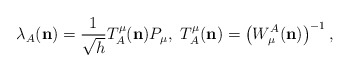
\begin{align*}{}\lambda_A ({\bf n}) = \frac{1}{\sqrt{h}} T^\mu_A ({\bf n}) P_\mu,\ T^\mu_A ({\bf n}) = \left( W^A_\mu ({\bf n}) \right)^{-1},\end{align*}